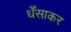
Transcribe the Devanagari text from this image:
धँसाकर